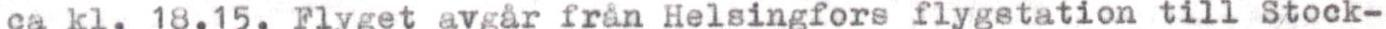
ca kl. 18.15. Flyget avgår från Helsingfors flygstation till Stock-